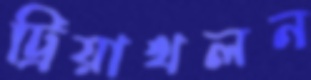
ট্রিয়াথলন